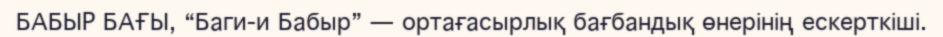
БАБЫР БАҒЫ, “Баги-и Бабыр” — ортағасырлық бағбандық өнерінің ескерткіші.